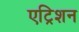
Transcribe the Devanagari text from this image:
एट्रिशन